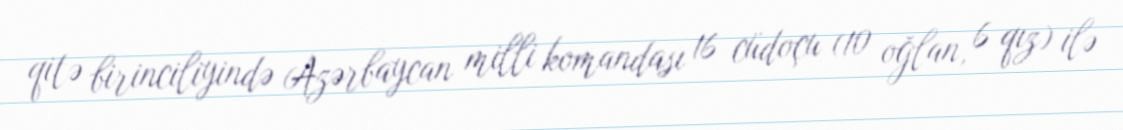
qitə birinciliyində Azərbaycan milli komandası 16 cüdoçu (10 oğlan, 6 qız) ilə